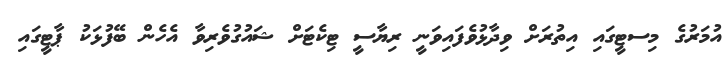
އުމަރުގެ މިސޓީގައި އިތުރަށް ވިދާޅުވެފަައިވަނީ ރިޔާސީ ޓިކެޓަށް ޝައުގުވެރިވާ އެހެން ބޭފުޅަކު ޕާޓީގައި